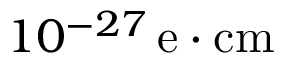
1 0 ^ { - 2 7 } \, \mathrm { e \cdot c m }